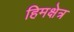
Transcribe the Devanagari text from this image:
हिमक्षेत्र